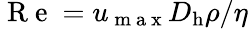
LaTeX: \mathrm{~R~e~}={u_{\mathrm{~m~a~x~}}D_{\mathrm{h}}\rho}/{\eta}